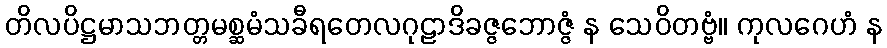
တိလပိဋ္ဌမာသဘတ္တမစ္ဆမံသခီရတေလဂုဠာဒိခဇ္ဇဘောဇ္ဇံ န သေဝိတဗ္ဗံ။ ကုလဂေဟံ န